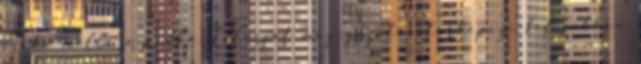
szőke mellé a padba. Talárját megigazítva térképezi fel jobban